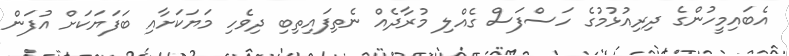
އެބައިމީހުންގެ ދިރިއުޅުމުގެ ހަސްފަސް ގެއްލި މުރާދެއް ނެތިފައިތިބި ދިވެހި މަޔަކަށާއި ބަފަޔަކަށް އުފަން